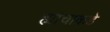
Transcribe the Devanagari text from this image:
ह्यांचाकडे